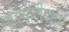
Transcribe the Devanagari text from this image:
नारायणीयधर्म